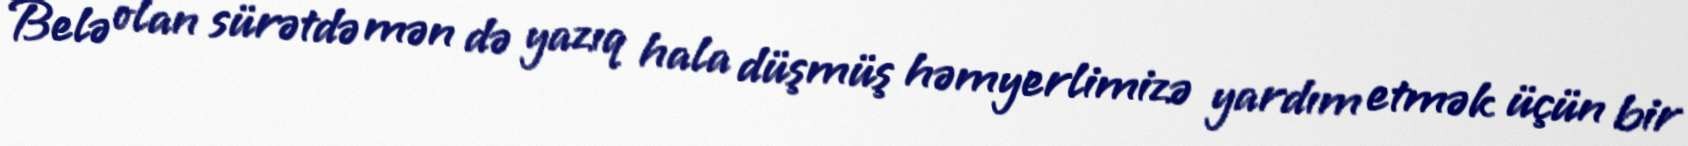
Belə olan sürətdə mən də yazıq hala düşmüş həmyerlimizə yardım etmək üçün bir